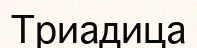
Триадица